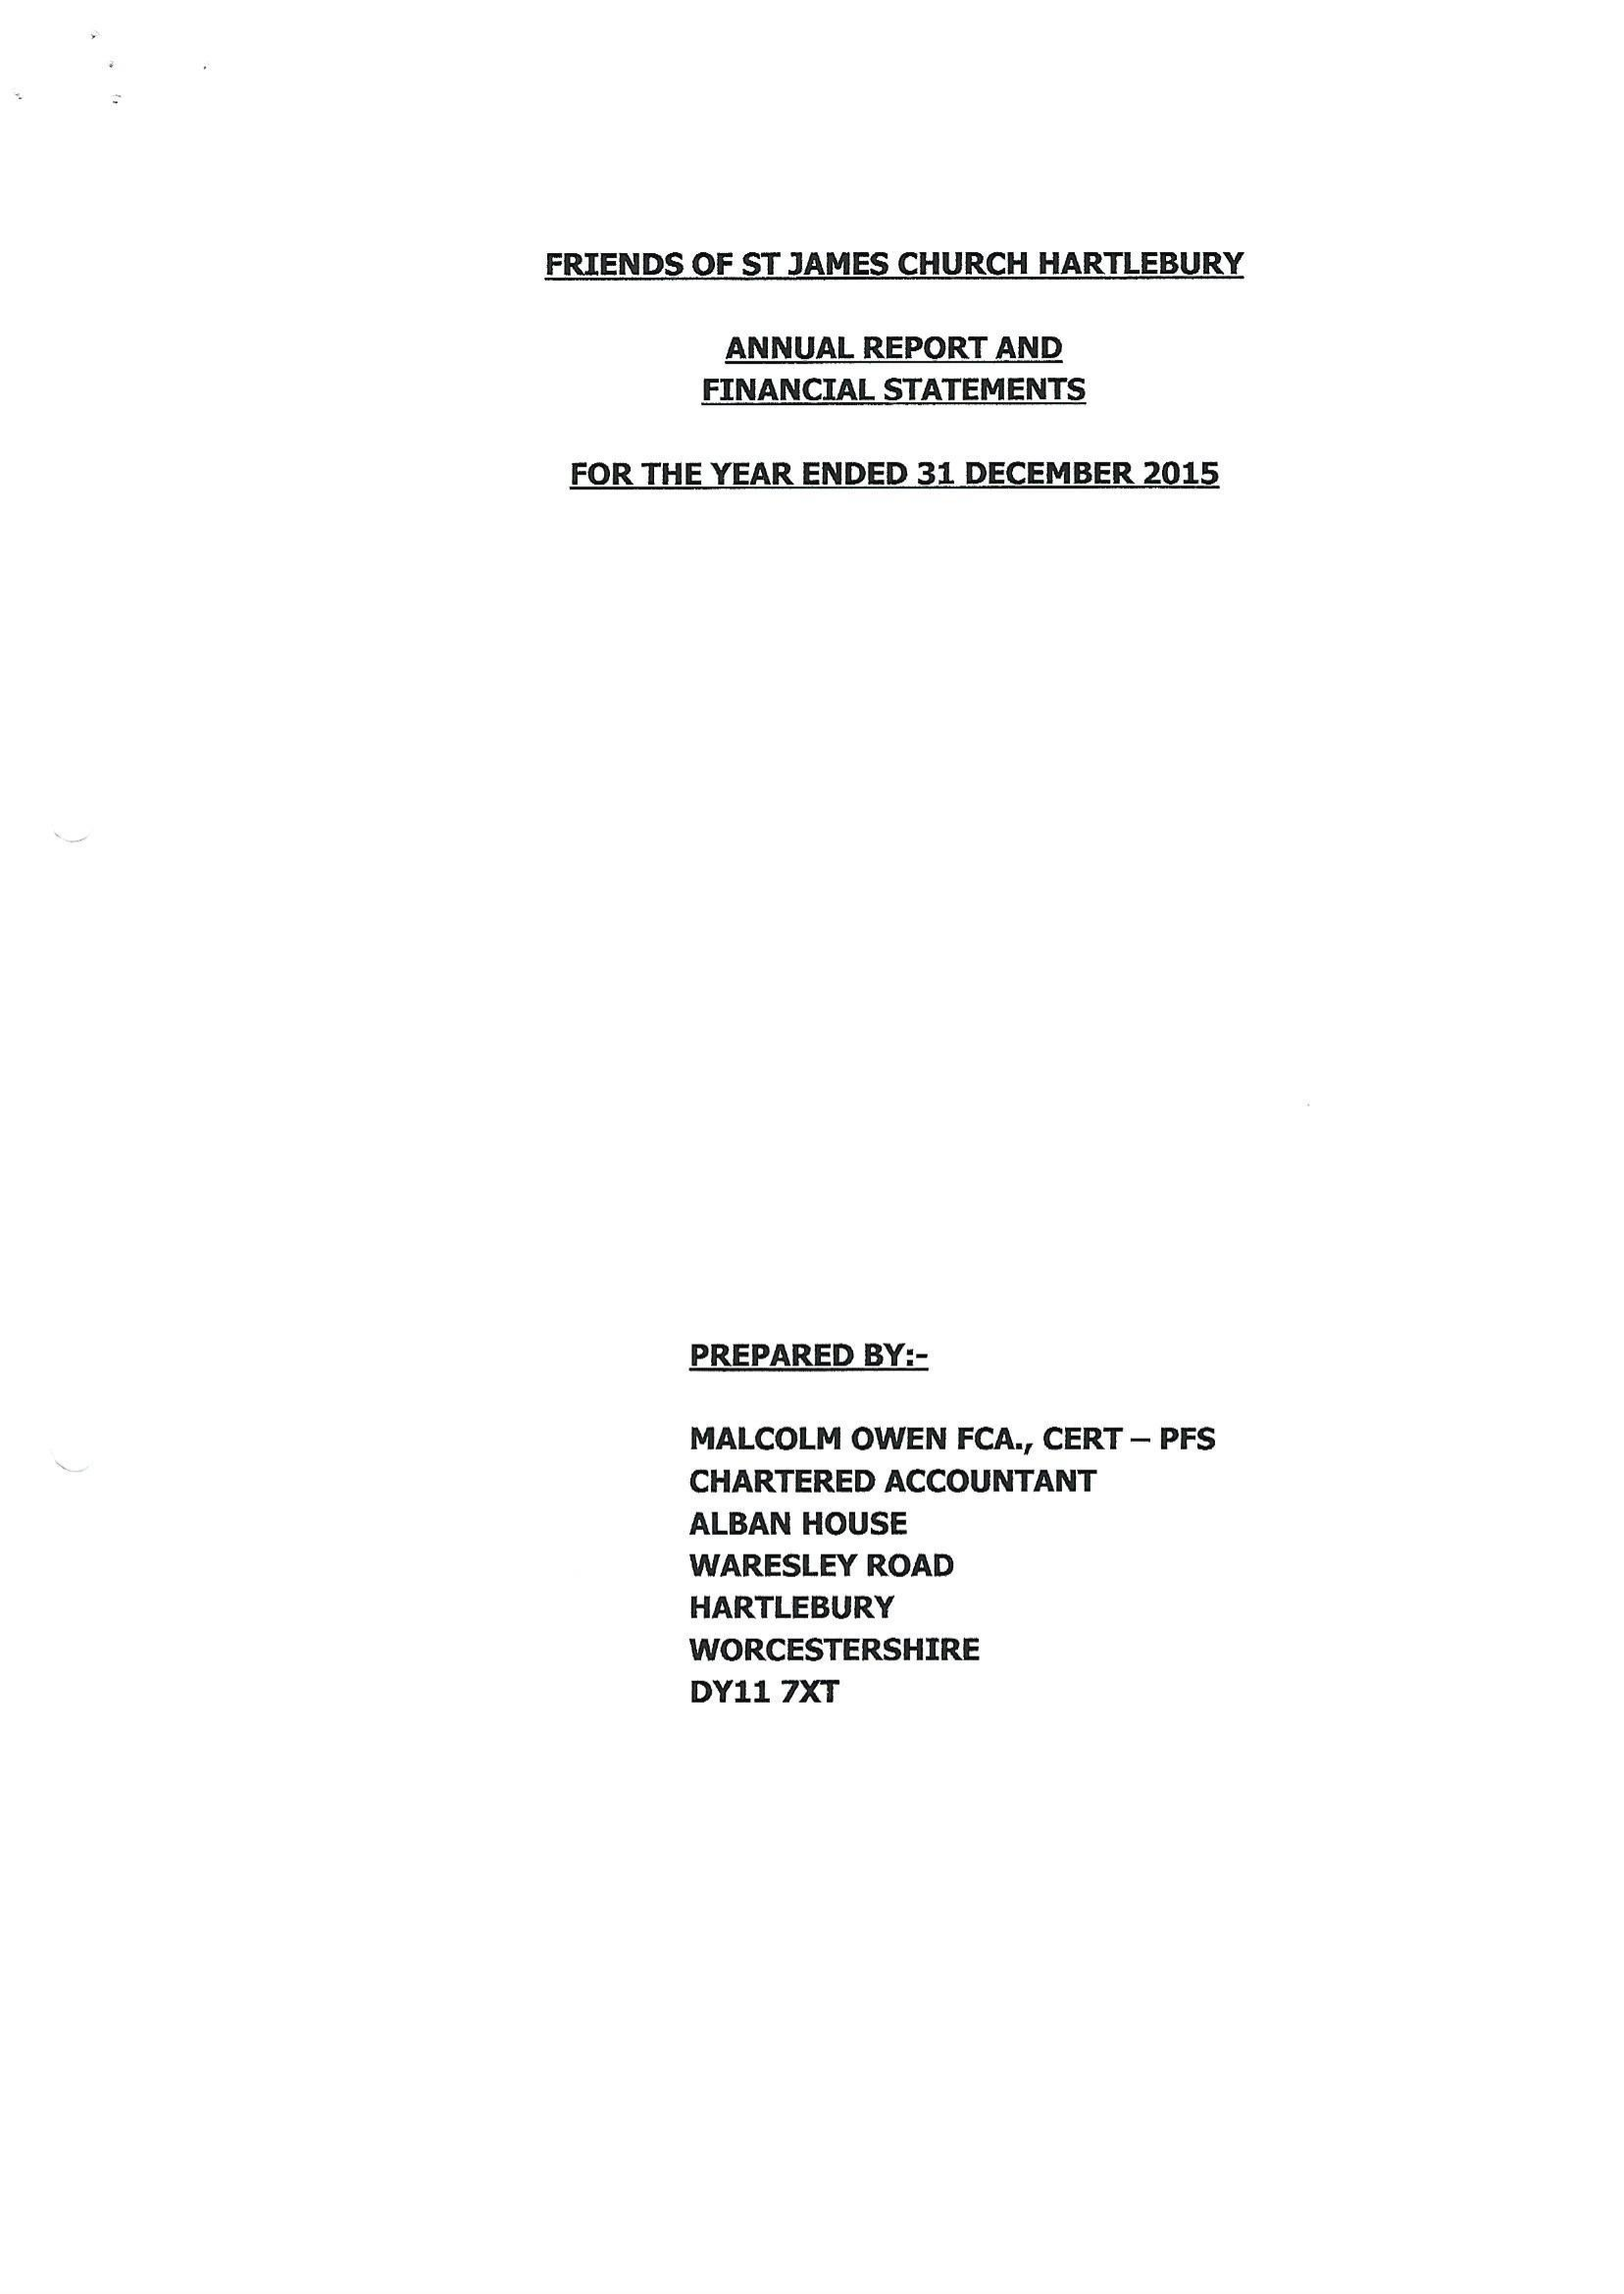
FRIENDS OF ST JAMES CHURCH HARTLEBURY
     ANNUAL REPORT AND
     FINANCIAL STATEMENTS
     FOR THE YEAR ENDED 31 DECEMBER 2015
     PREPARED BY:-
     MALCOLM OWEN FCA., CERT
     — PFS
     CHARTERED ACCOUNTANT
     ALBAN HOUSE
     WARESLEY ROAD
     HARTLEBURY
     WORCESTERSHIRE
     DY11 7XT